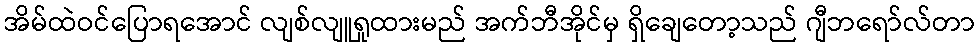
အိမ်ထဲဝင်ပြောရအောင် လျစ်လျူရှုထားမည် အက်ဘီအိုင်မှ ရှိချေတော့သည် ဂျီဘရော်လ်တာ